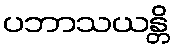
ပဘာသယန္တိ